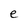
Character: e